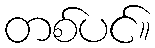
တစ်ပင်။